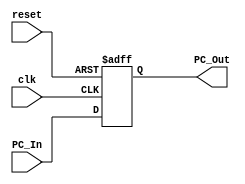
`timescale 1ns / 1ps
//////////////////////////////////////////////////////////////////////////////////
// Company: 
// Engineer: 
// 
// Design Name: 
// Module Name: Program_Counter
// Project Name: 
// Target Devices: 
// Tool Versions: 
// Description: 
// 
// Dependencies: 
// 
// Revision:
// Revision 0.01 - File Created
// Additional Comments:
// 
//////////////////////////////////////////////////////////////////////////////////


module Program_Counter
(
	input clk,reset,
	input [63:0] PC_In,
	output reg [63:0] PC_Out
);

	initial 
	PC_Out=64'd0;

	always @ (posedge clk or posedge reset)
	begin
		if (reset)
			PC_Out=64'd0;
		else
			PC_Out=PC_In;
	end

endmodule